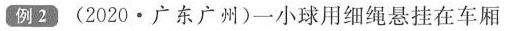
例2(2020·广东广州)一小球用细绳悬挂在车厢